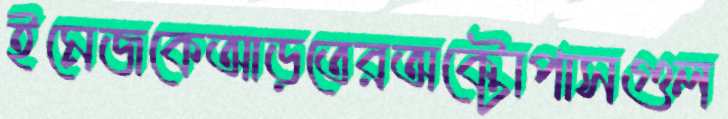
ইমেজকেআড়তেরঅক্টোপাসগুল